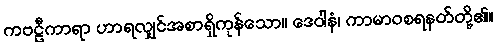
ကဗဠီကာရာ ဟာရလျှင်အစာရှိကုန်သော။ ဒေဝါနံ၊ ကာမာဝစရနတ်တို့၏။